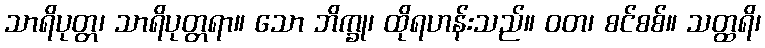
သာရိပုတ္တ၊ သာရိပုတ္တရာ။ သော ဘိက္ခု၊ ထိုရဟန်းသည်။ ဝတ၊ စင်စစ်။ သတ္ထရိ၊